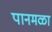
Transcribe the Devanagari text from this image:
पानमळा